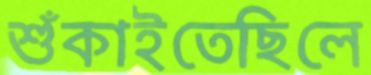
শুঁকাইতেছিলে